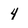
Character: 4